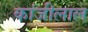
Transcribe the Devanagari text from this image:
कांजीलाल